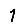
Digit: 1